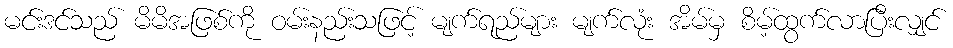
မင်းဒင်သည် မိမိအဖြစ်ကို ဝမ်းနည်းသဖြင့် မျက်ရည်များ မျက်လုံး အိမ်မှ စိမ့်ထွက်လာပြီးလျှင်